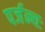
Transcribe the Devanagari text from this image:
पर्जन्यः